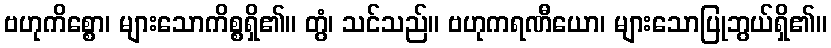
ဗဟုကိစ္စော၊ များသောကိစ္စရှိ၏။ တွံ၊ သင်သည်။ ဗဟုကရဏီယော၊ များသောပြုဘွယ်ရှိ၏။